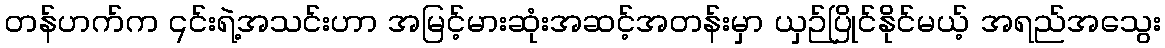
တန်ဟက်က ၎င်းရဲ့အသင်းဟာ အမြင့်မားဆုံးအဆင့်အတန်းမှာ ယှဉ်ပြိုင်နိုင်မယ့် အရည်အသွေး